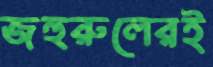
জহুরুলেরই